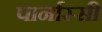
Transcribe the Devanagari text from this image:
पार्नास्सी